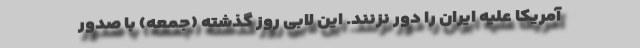
آمریکا علیه ایران را دور نزنند. این لابی روز گذشته (جمعه) با صدور